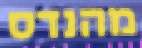
מהנדס